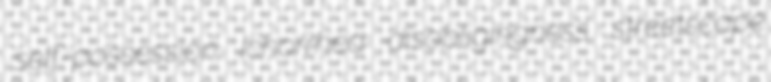
self-possession ichorrhea disobligingness streetscape